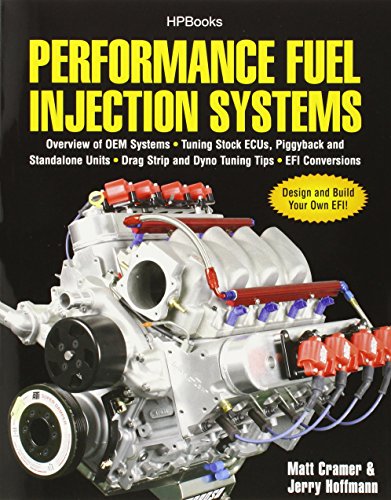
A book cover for Performance Fuel Injection Systems HP1557: How to Design, Build, Modify, and Tune EFI and ECU Systems.Covers Components, Se nsors, Fuel and Ignition ... Tuning the Stock ECU, Piggyback and Stan; Matt Cramer; Engineering & Transportation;